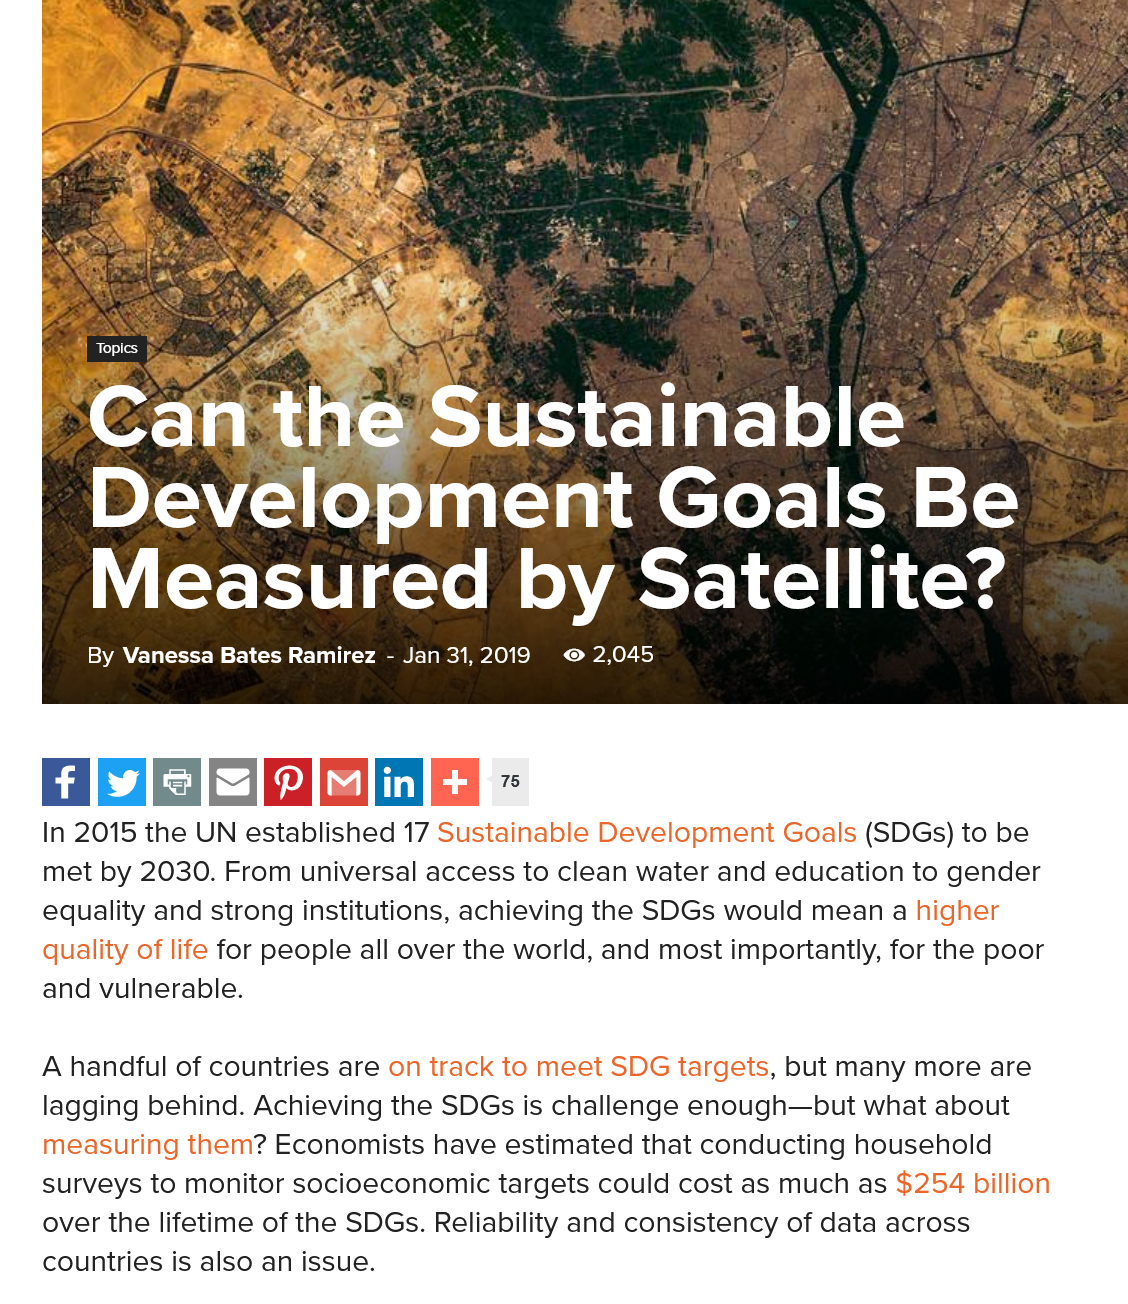
A handful of countries are on track to meet SDG targets, but many more are
   lagging behind. Achieving the SDGs is challenge enough—but what about
   measuring them? Economists have estimated that conducting household
   surveys to monitor socioeconomic targets could cost as much as $254 billion
   over the lifetime of the SDGs. Reliability and consistency of data across
   countries is also an issue.
   In 2015 the UN established 17 Sustainable Development Goals (SDGs) to be
   met by 2030. From universal access to clean water and education to gender
   equality and strong institutions, achieving the SDGs would mean a higher
   quality of life for people all over the world, and most importantly, for the poor
   and vulnerable.
     75
     Can    the    Sustainable
     Development    Goals    Be
     Measured    by  Satellite?
     By Vanessa Bates Ramirez
     -
     Jan 31, 2019
     (ley
     2,045